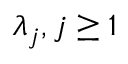
\lambda _ { j } , j \geq 1